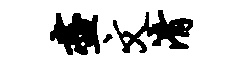
尽文清